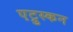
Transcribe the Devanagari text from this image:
एट्रुस्कन